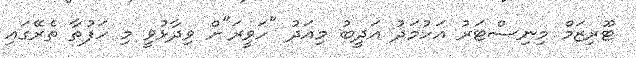
ޓޫރިޒަމް މިނިސްޓަރު އަހުމަދު އަދީބު މިއަދު "ހަވީރަ"ށް ވިދާޅުވީ މި ހަފުތާ ތެރޭގައި